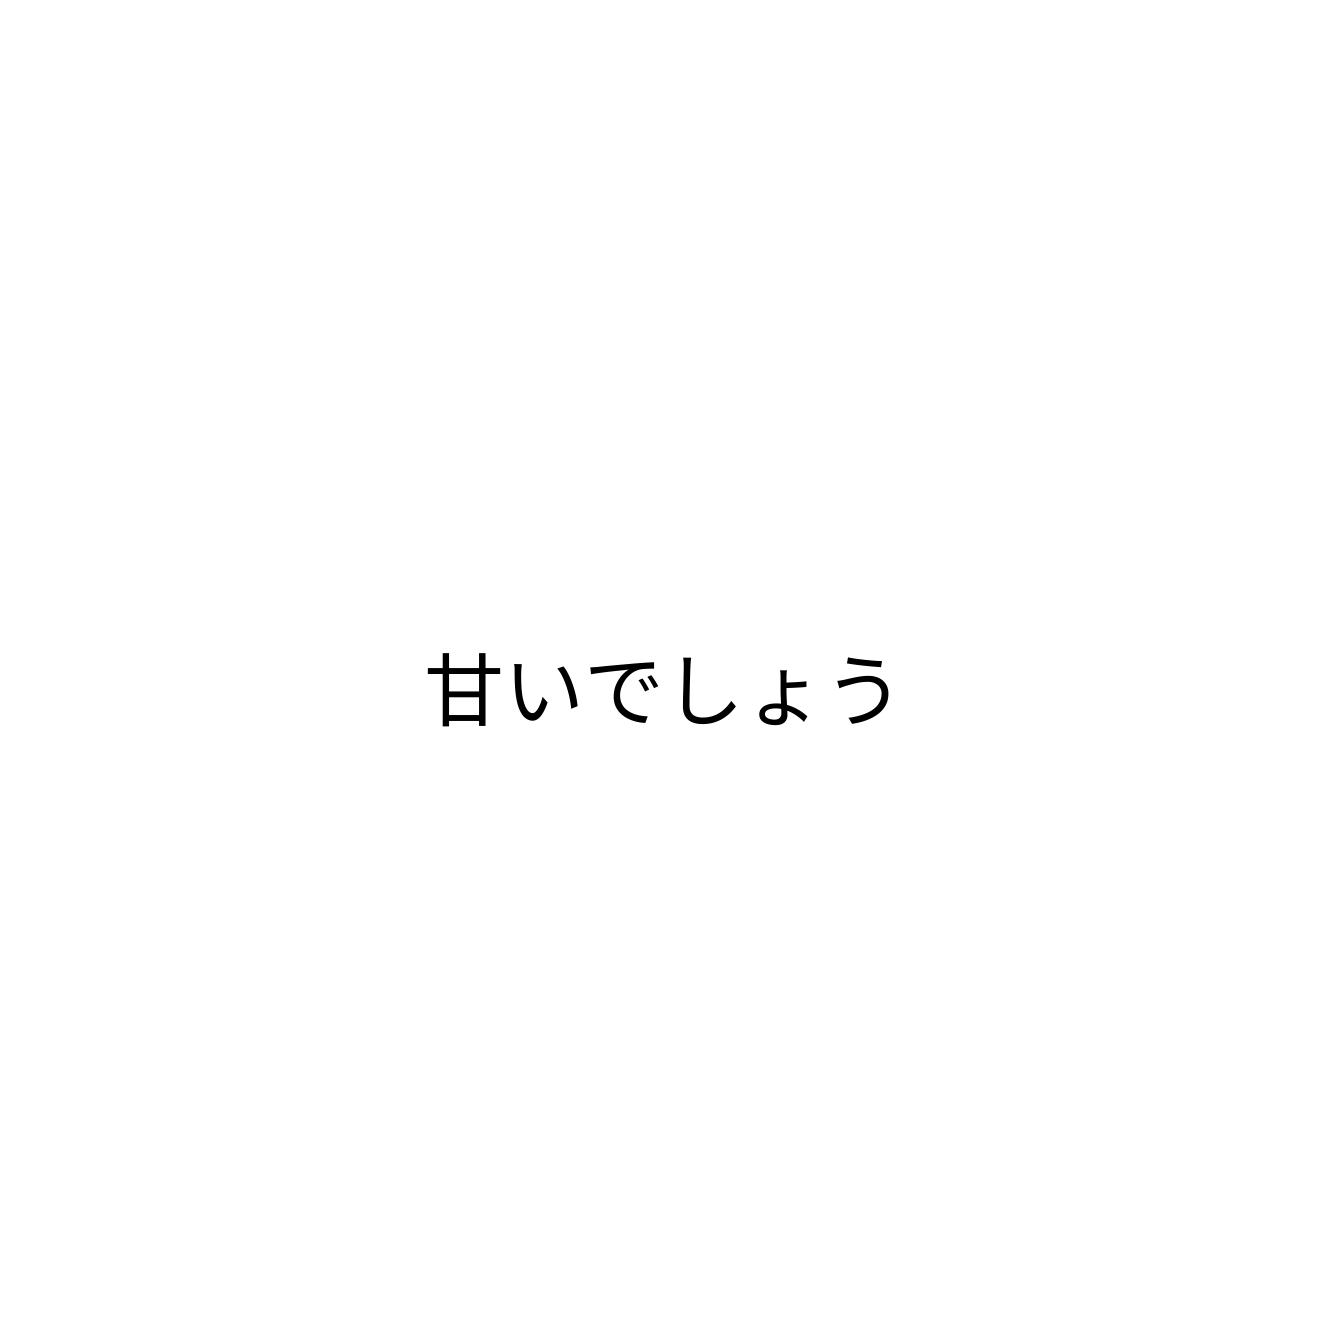
甘いでしょう